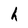
Character: h